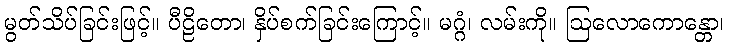
မွတ်သိပ်ခြင်းဖြင့်။ ပီဠိတော၊ နှိပ်စက်ခြင်းကြောင့်။ မဂ္ဂံ၊ လမ်းကို။ ဩလောကောန္တော၊